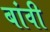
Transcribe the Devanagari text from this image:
बांवी